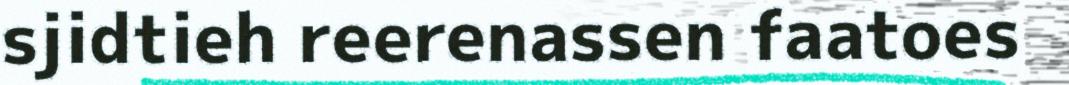
sjidtieh reerenassen faatoes